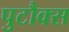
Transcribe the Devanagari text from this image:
पुटौक्स